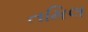
તમિલ